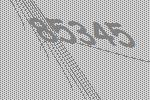
85345